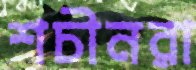
শচীনরা